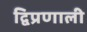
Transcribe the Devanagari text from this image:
द्विप्रणाली